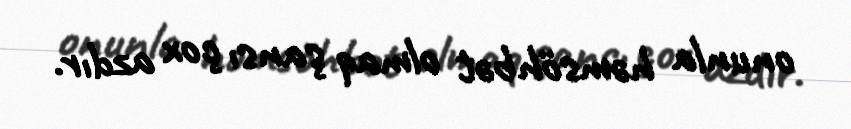
onunla həmsöhbət olmaq şansı çox azdır.